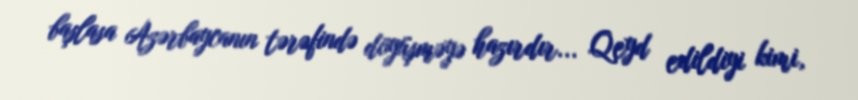
başlasa Azərbaycanın tərəfində döyüşməyə hazırdır... Qeyd edildiyi kimi,